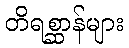
တိရစ္ဆာန်များ